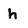
Character: h